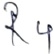
Text: R4